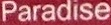
Paradise